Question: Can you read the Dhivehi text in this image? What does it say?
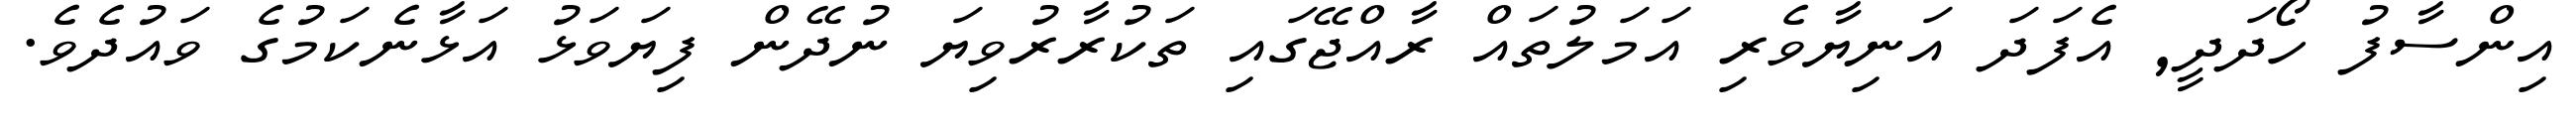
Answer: އިންސާފު ހޯދަދީ, އެފަދަ އަނިޔާވެރި އަމަލުތައް ރާއްޖޭގައި ތަކުރާރުވިޔަ ނުދޭން ފިޔަވަޅު އަޅާނެކަމުގެ ވައުދެވެ.